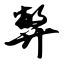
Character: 弊